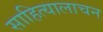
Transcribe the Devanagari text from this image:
साहित्यालाचन